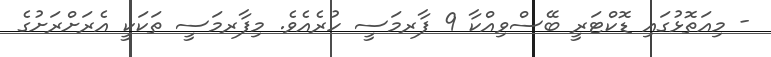
- މިއަތޮޅުގައި ޑޮކްޓަރީ ބޭސްވިއްކާ 9 ފާރމަސީ ހުރެއެވެ. މިފާރމަސީ ތަކަކީ އެރަށްރަށުގެ